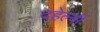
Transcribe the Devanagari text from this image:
दहेल्‍वी